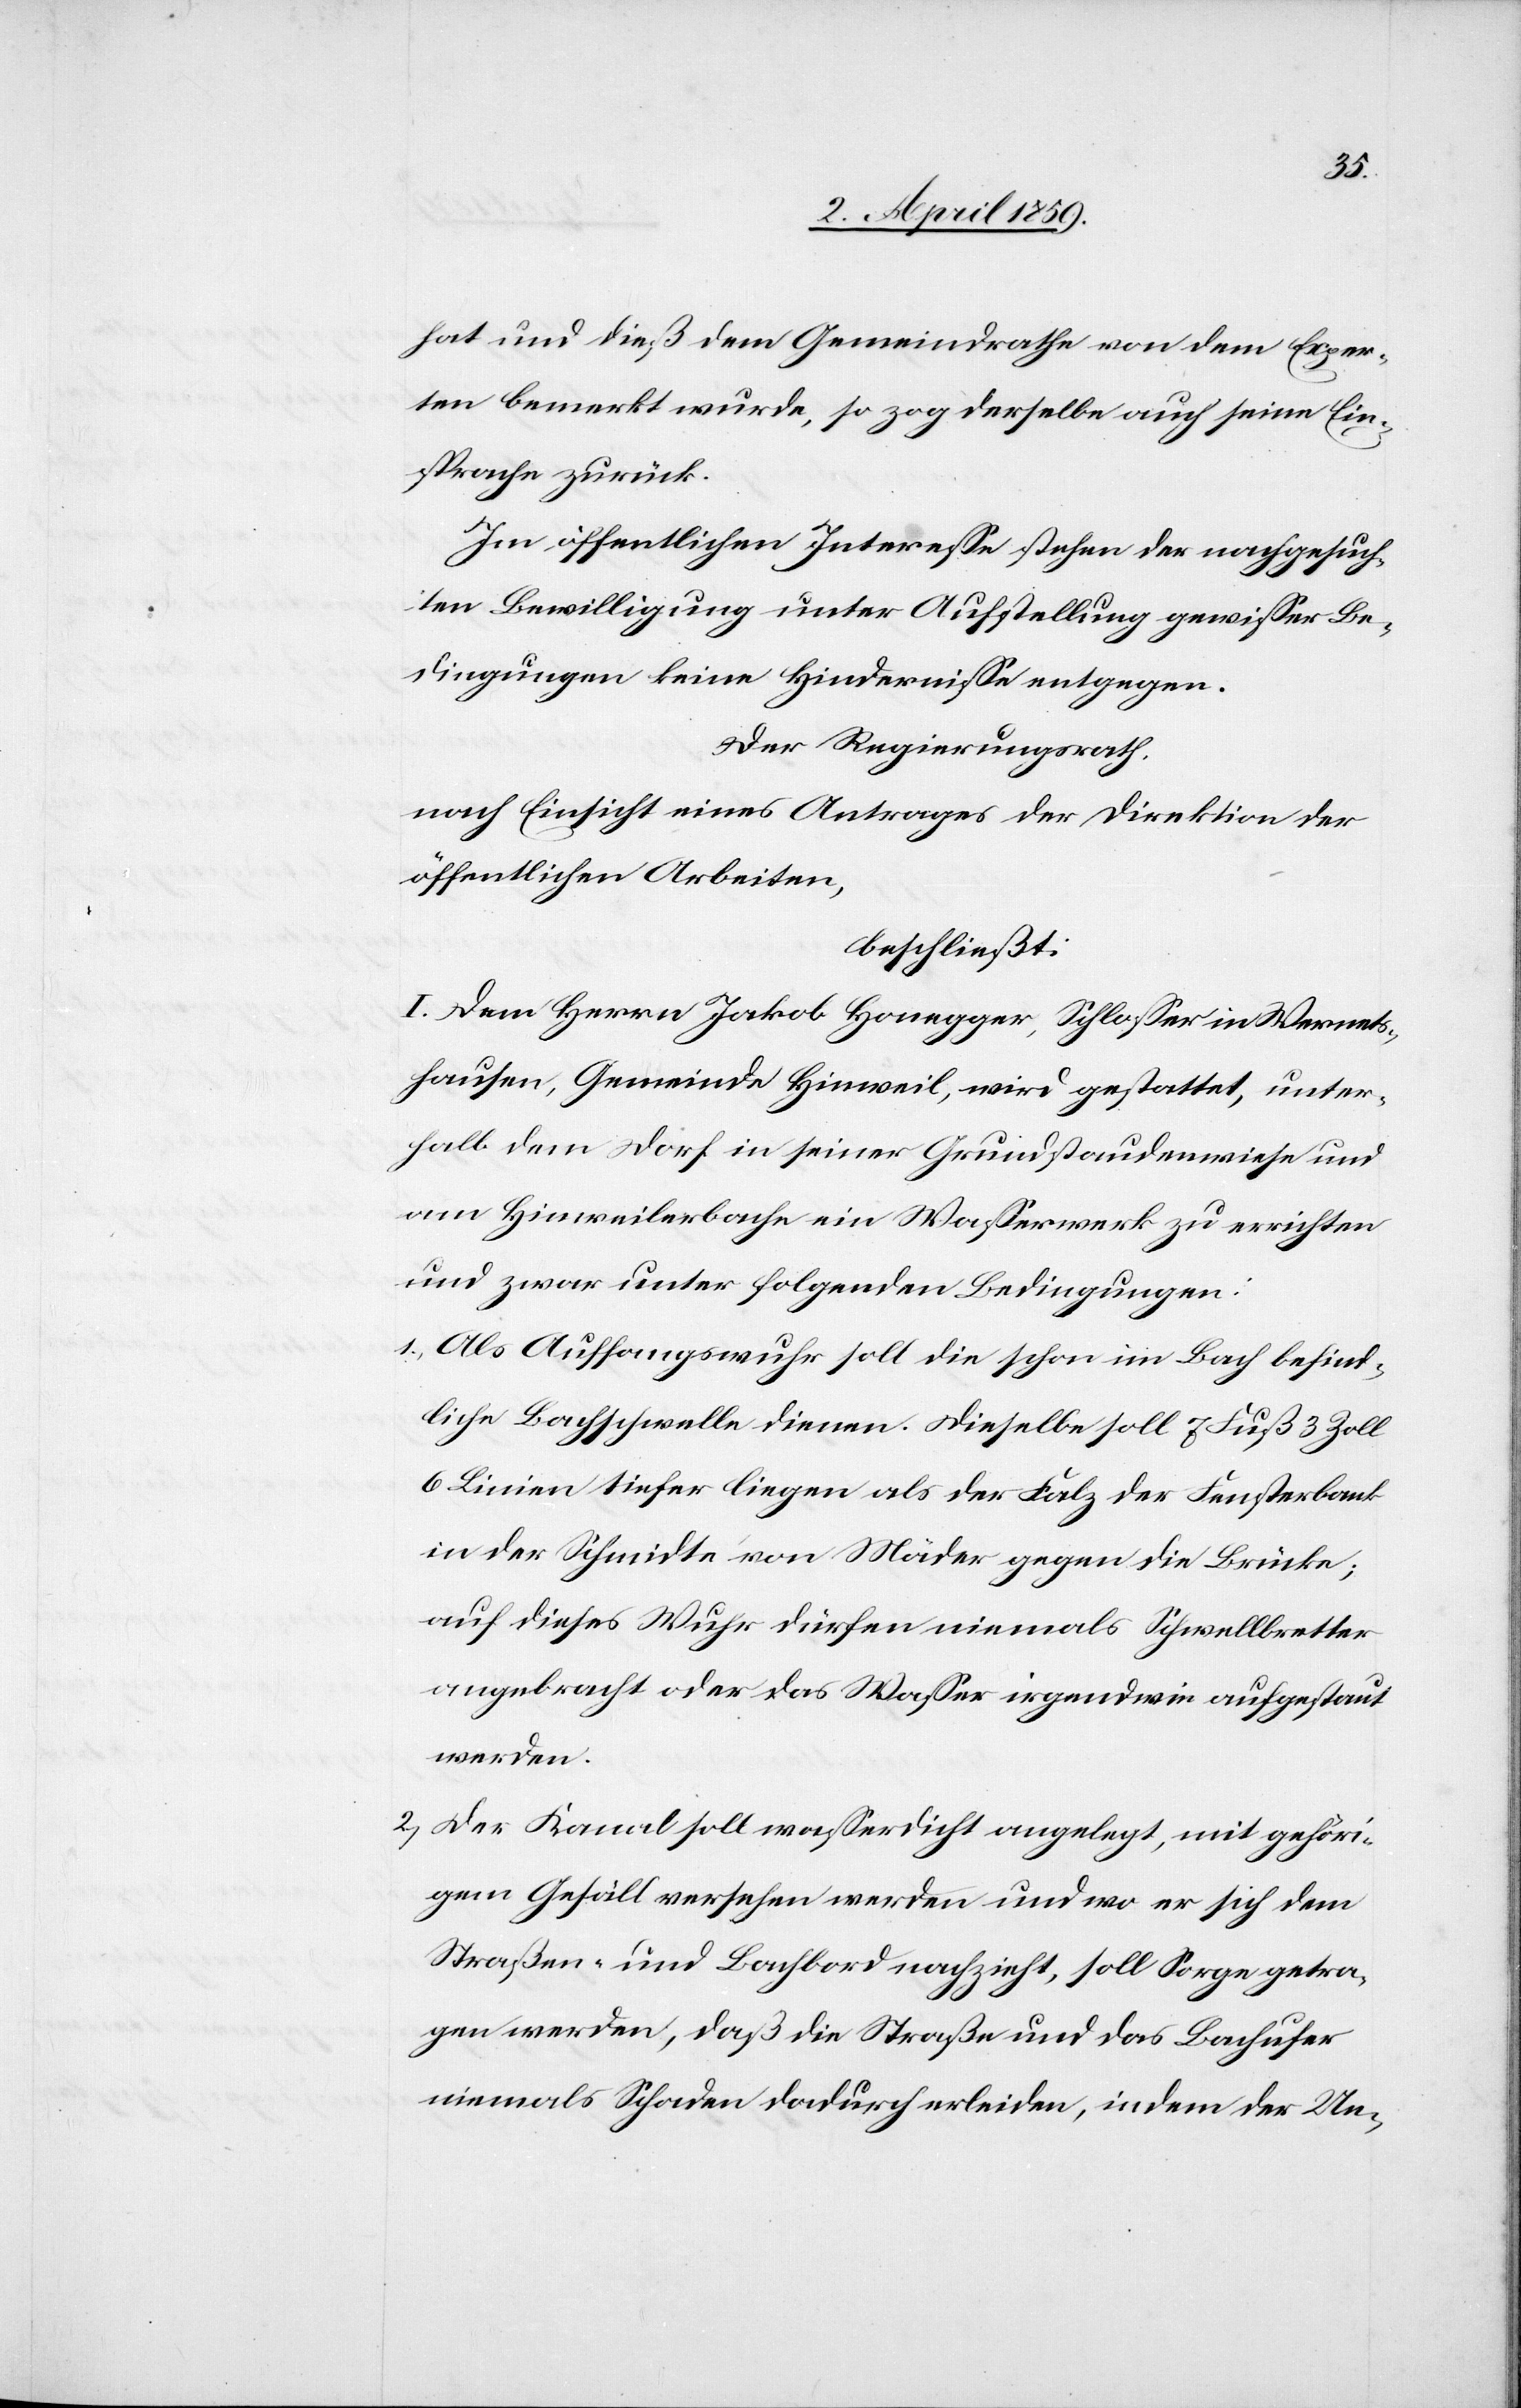
hat und dieß dem Gemeindrathe von dem Exper¬
ten bemerkt wurde, so zog derselbe auch seine Ein¬
sprache zurück.
Im öffentlichen Intereße stehen der nachgesuch¬
ten Bewilligung unter Aufstellung gewißer Be¬
dingungen keine Hinderniße entgegen.
Der Regierungsrath,
nach Einsicht eines Antrages der Direktion der
öffentlichen Arbeiten,
beschließt:
I. Dem Herrn Jakob Honegger, Schloßer in Wernets¬
hausen, Gemeinde Hinweil, wird gestattet, unter¬
halb dem Dorf in seiner Grundstaudenwiese und
am Hinweilerbache ein Waßerwerk zu errichten
und zwar unter folgenden Bedingungen:
1) Als Auffangswuhr soll die schon im Bach befind¬
liche Bachschwelle dienen. Dieselbe soll 7 Fuß 3 Zoll
6 Linien tiefer liegen als der Falz der Fensterbank
in der Schmidte von Mäder gegen die Brücke;
auf dieses Wuhr dürfen niemals Schwellbretter
angebracht oder das Waßer irgendwie aufgestaut
werden.
2) Der Kanal soll waßerdicht angelegt, mit gehöri¬
gem Gefäll versehen werden und wo er sich dem
Straßen- und Bachbord nachzieht, soll Sorge getra¬
gen werden, daß die Straße und das Bachufer
niemals Schaden dadurch erleiden, indem der Un-